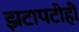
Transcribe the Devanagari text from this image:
झटापटीही